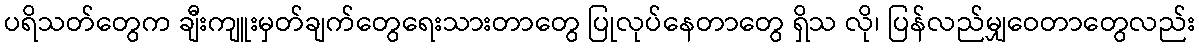
ပရိသတ်တွေက ချီးကျူးမှတ်ချက်တွေရေးသားတာတွေ ပြုလုပ်နေတာတွေ ရှိသ လို၊ ပြန်လည်မျှဝေတာတွေလည်း